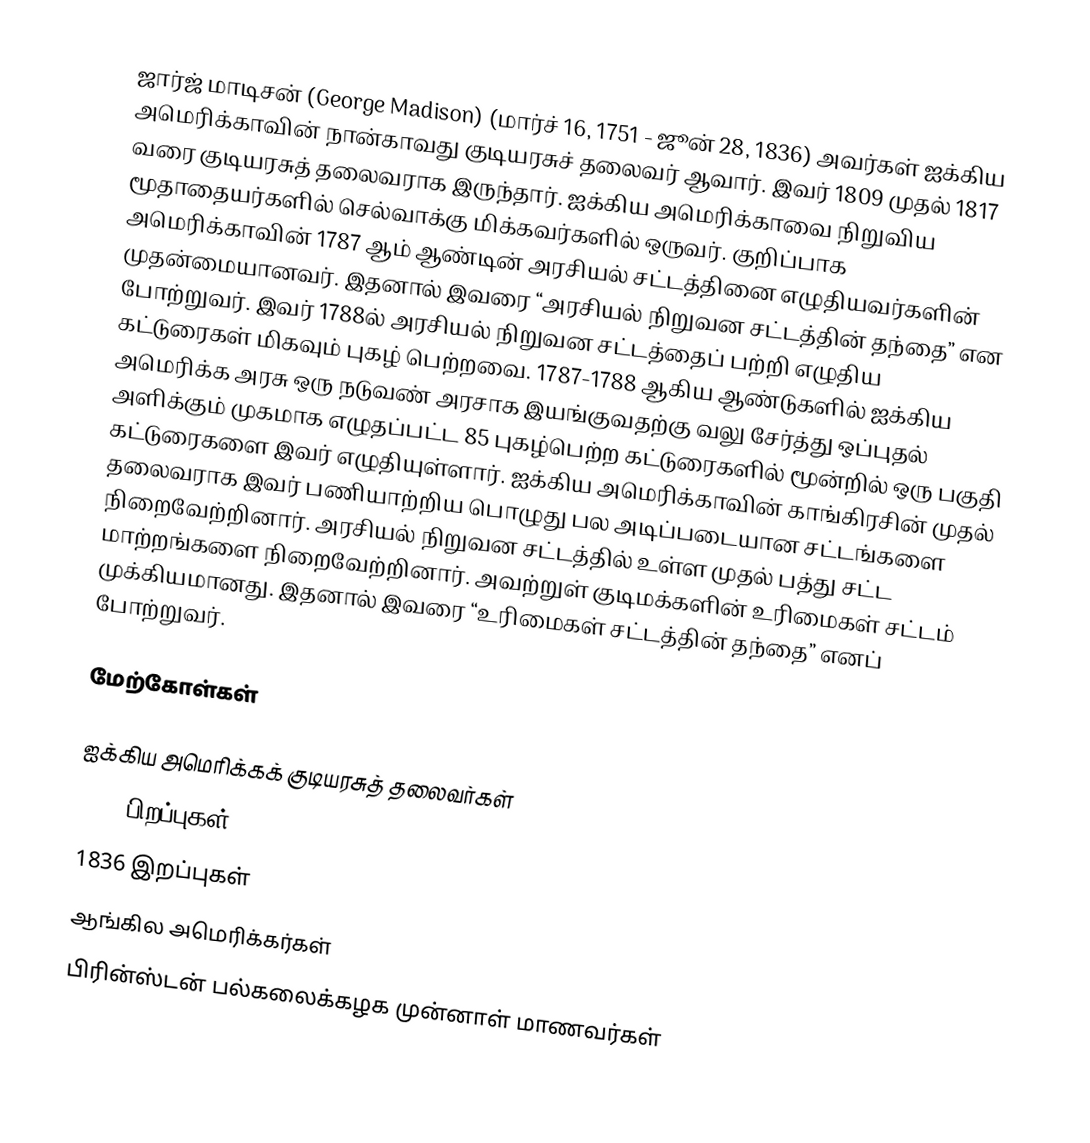
ஜார்ஜ் மாடிசன் (George Madison)  (மார்ச் 16, 1751 - ஜூன் 28, 1836) அவர்கள் ஐக்கிய அமெரிக்காவின் நான்காவது குடியரசுச் தலைவர் ஆவார். இவர் 1809 முதல் 1817 வரை குடியரசுத் தலைவராக இருந்தார். ஐக்கிய அமெரிக்காவை நிறுவிய மூதாதையர்களில் செல்வாக்கு மிக்கவர்களில் ஒருவர். குறிப்பாக அமெரிக்காவின் 1787 ஆம் ஆண்டின் அரசியல் சட்டத்தினை எழுதியவர்களின் முதன்மையானவர். இதனால் இவரை “அரசியல் நிறுவன சட்டத்தின் தந்தை” என போற்றுவர். இவர் 1788ல் அரசியல் நிறுவன சட்டத்தைப் பற்றி எழுதிய கட்டுரைகள் மிகவும் புகழ் பெற்றவை. 1787-1788 ஆகிய ஆண்டுகளில் ஐக்கிய அமெரிக்க அரசு ஒரு நடுவண் அரசாக இயங்குவதற்கு வலு சேர்த்து ஒப்புதல் அளிக்கும் முகமாக எழுதப்பட்ட 85 புகழ்பெற்ற கட்டுரைகளில் மூன்றில் ஒரு பகுதி கட்டுரைகளை இவர் எழுதியுள்ளார். ஐக்கிய அமெரிக்காவின் காங்கிரசின் முதல் தலைவராக இவர் பணியாற்றிய பொழுது பல அடிப்படையான சட்டங்களை நிறைவேற்றினார். அரசியல் நிறுவன சட்டத்தில் உள்ள முதல் பத்து சட்ட மாற்றங்களை நிறைவேற்றினார். அவற்றுள் குடிமக்களின் உரிமைகள் சட்டம் முக்கியமானது. இதனால் இவரை “உரிமைகள் சட்டத்தின் தந்தை” எனப் போற்றுவர்.

மேற்கோள்கள்

ஐக்கிய அமெரிக்கக் குடியரசுத் தலைவர்கள்
1751 பிறப்புகள்
1836 இறப்புகள்
ஆங்கில அமெரிக்கர்கள்
பிரின்ஸ்டன் பல்கலைக்கழக முன்னாள் மாணவர்கள்